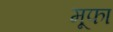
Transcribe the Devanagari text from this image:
मूफा